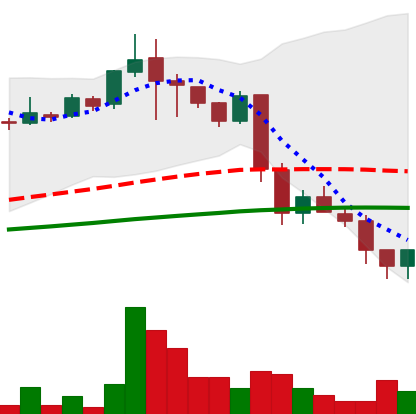
Ticker: LINK-USD
Chart end date: 2018-11-26
Forward return: 17.2%
Label: up_7plus